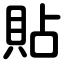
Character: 貼